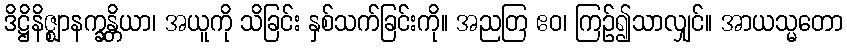
ဒိဋ္ဌိနိဇ္ဈာနက္ခန္တိယာ၊ အယူကို သိခြင်း နှစ်သက်ခြင်းကို။ အညတြ ဧဝ၊ ကြဉ်၍သာလျှင်။ အာယသ္မတော